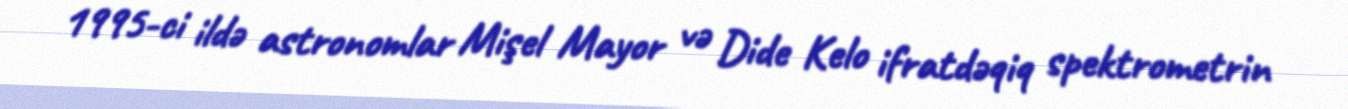
1995-ci ildə astronomlar Mişel Mayor və Dide Kelo ifratdəqiq spektrometrin